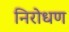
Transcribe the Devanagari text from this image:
निरोधण